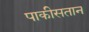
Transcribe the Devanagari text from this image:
पाकीसतान